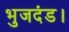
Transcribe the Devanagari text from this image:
भुजदंड।